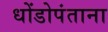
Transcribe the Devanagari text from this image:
धोंडोपंताना